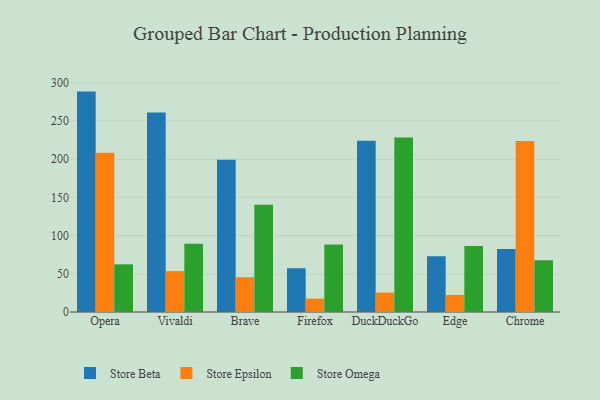
{"axis": {"x": "Browser", "y": "Revenue (USD Million)"}, "legend": ["Store Beta", "Store Epsilon", "Store Omega"], "data": [{"x": "Opera", "y": 288.5, "type": "Store Beta"}, {"x": "Opera", "y": 208.5, "type": "Store Epsilon"}, {"x": "Opera", "y": 62.4, "type": "Store Omega"}, {"x": "Vivaldi", "y": 261.1, "type": "Store Beta"}, {"x": "Vivaldi", "y": 53.5, "type": "Store Epsilon"}, {"x": "Vivaldi", "y": 89.3, "type": "Store Omega"}, {"x": "Brave", "y": 199.4, "type": "Store Beta"}, {"x": "Brave", "y": 45.6, "type": "Store Epsilon"}, {"x": "Brave", "y": 140.3, "type": "Store Omega"}, {"x": "Firefox", "y": 57.3, "type": "Store Beta"}, {"x": "Firefox", "y": 17.5, "type": "Store Epsilon"}, {"x": "Firefox", "y": 88.2, "type": "Store Omega"}, {"x": "DuckDuckGo", "y": 224.0, "type": "Store Beta"}, {"x": "DuckDuckGo", "y": 25.4, "type": "Store Epsilon"}, {"x": "DuckDuckGo", "y": 228.3, "type": "Store Omega"}, {"x": "Edge", "y": 72.9, "type": "Store Beta"}, {"x": "Edge", "y": 22.3, "type": "Store Epsilon"}, {"x": "Edge", "y": 86.4, "type": "Store Omega"}, {"x": "Chrome", "y": 82.4, "type": "Store Beta"}, {"x": "Chrome", "y": 223.8, "type": "Store Epsilon"}, {"x": "Chrome", "y": 67.9, "type": "Store Omega"}]}